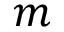
m